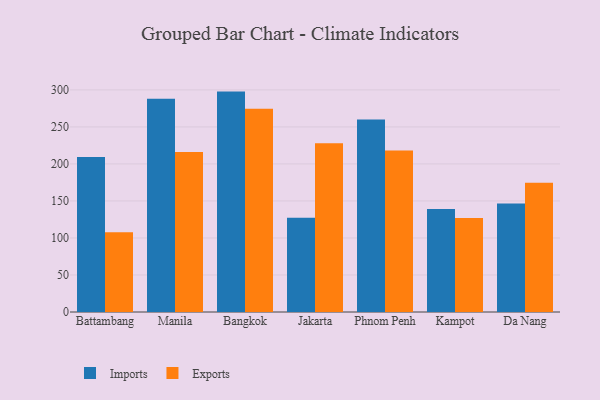
{"axis": {"x": "City", "y": "Inventory Turnover"}, "legend": ["Exports", "Imports"], "data": [{"x": "Battambang", "y": 209.2, "type": "Imports"}, {"x": "Battambang", "y": 107.8, "type": "Exports"}, {"x": "Manila", "y": 288.1, "type": "Imports"}, {"x": "Manila", "y": 216.0, "type": "Exports"}, {"x": "Bangkok", "y": 297.7, "type": "Imports"}, {"x": "Bangkok", "y": 274.6, "type": "Exports"}, {"x": "Jakarta", "y": 127.4, "type": "Imports"}, {"x": "Jakarta", "y": 227.8, "type": "Exports"}, {"x": "Phnom Penh", "y": 260.1, "type": "Imports"}, {"x": "Phnom Penh", "y": 218.3, "type": "Exports"}, {"x": "Kampot", "y": 139.1, "type": "Imports"}, {"x": "Kampot", "y": 126.9, "type": "Exports"}, {"x": "Da Nang", "y": 146.5, "type": "Imports"}, {"x": "Da Nang", "y": 174.5, "type": "Exports"}]}